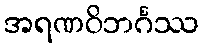
အရဏဝိဘင်္ဂဿ